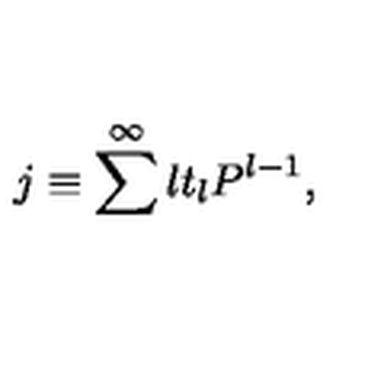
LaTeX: j \equiv \sum ^ { \infty } l t _ { l } P ^ { l - 1 } ,